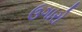
ઉગારો